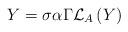
LaTeX: \begin{align*}Y=\sigma \alpha \Gamma \mathcal{L}_{A}\left( Y\right)\end{align*}